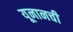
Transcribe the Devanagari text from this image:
यूनानची